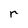
Character: r